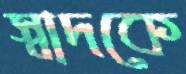
স্বাদকে